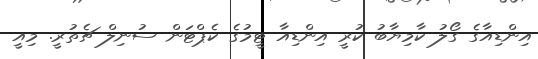
އިންޑިއާގެ ގޯލު ކާމިޔާބު ކުރީ އިންޑިއާ ޓީމުގެ ކެޕްޓަން ސުނިލް ޗެތުރީ. މިއީ